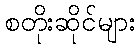
စတိုးဆိုင်များ